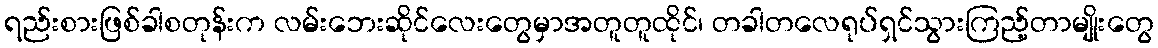
ရည်းစားဖြစ်ခါစတုန်းက လမ်းဘေးဆိုင်လေးတွေမှာအတူတူထိုင်၊ တခါတလေရုပ်ရှင်သွားကြည့်တာမျိုးတွေ